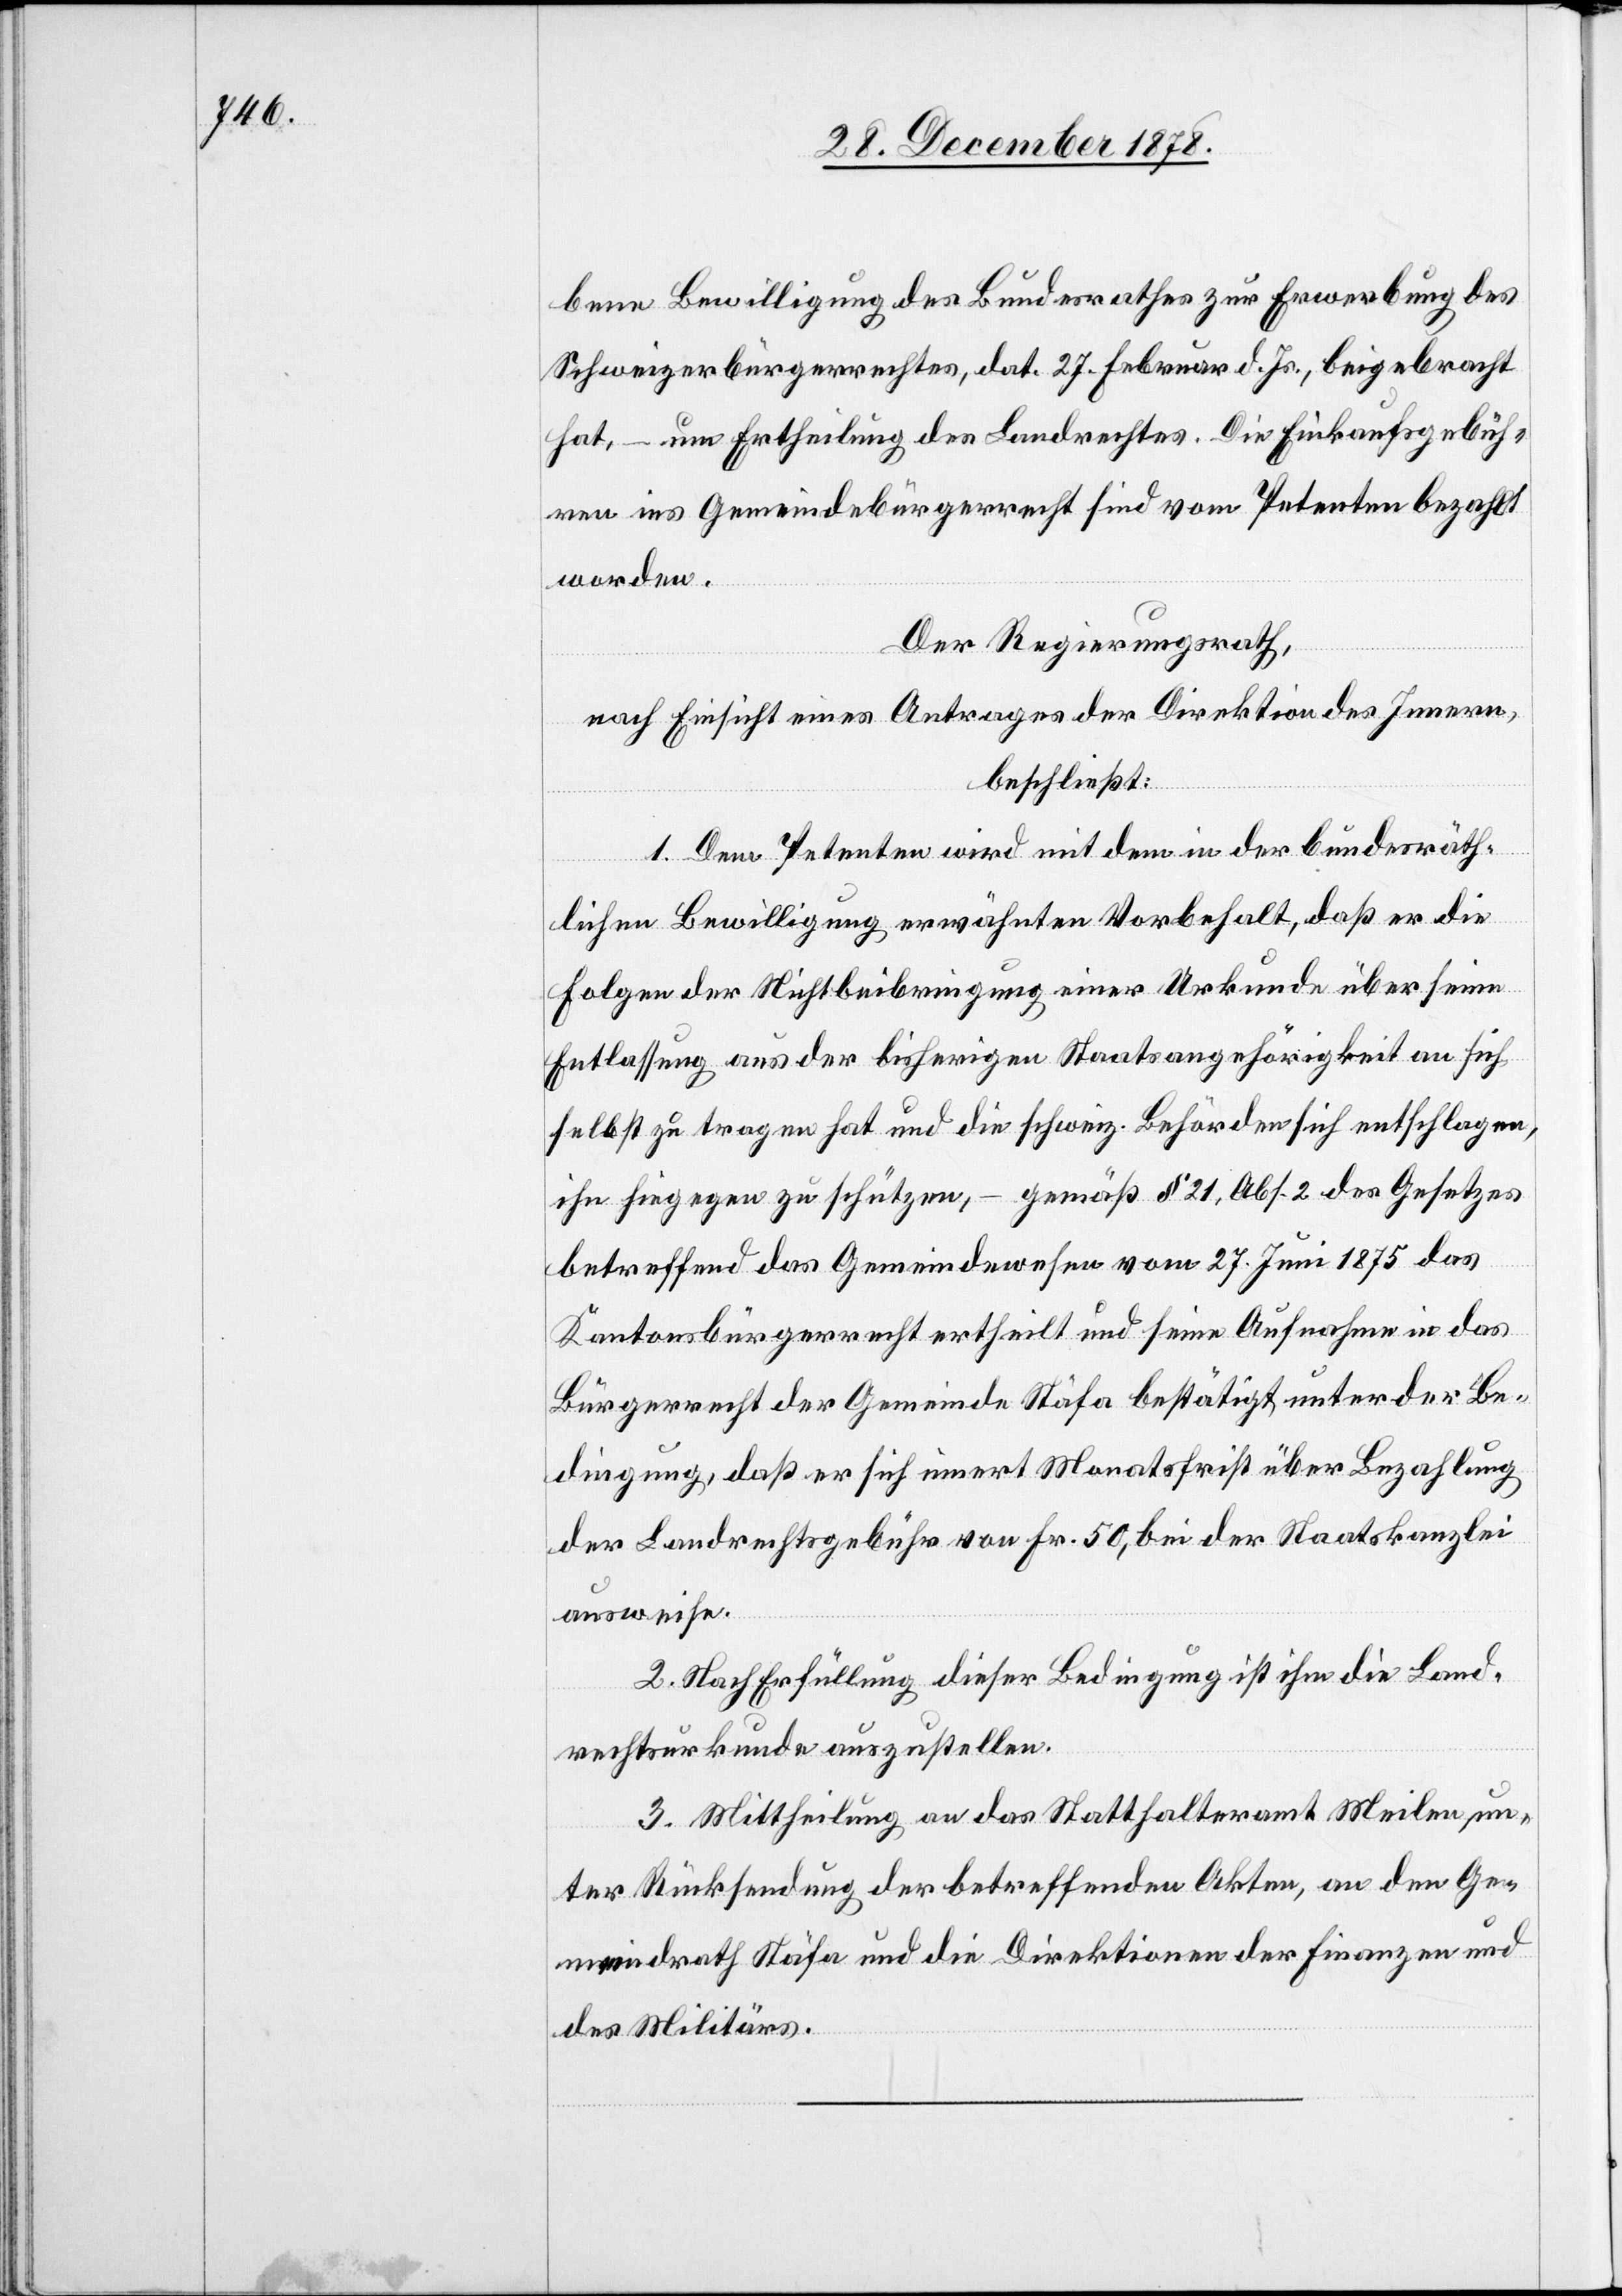
bene Bewilligung des Bundesrathes zur Erwerbung des
Schweizerbürgerrechtes, dat. 27. Februar d. Js. beigebracht
hat, – um Ertheilung des Landrechtes. Die Einkaufsgebüh¬
ren ins Gemeindebürgerrecht sind vom Petenten bezahlt
worden.
Der Regierungsrath,
nach Einsicht eines Antrages der Direktion des Innern,
beschließt:
1. Dem Petenten wird mit dem in der bundesräth¬
lichen Bewilligung erwähnten Vorbehalt, daß er die
Folgen der Nichtbeibringung einer Urkunde über seine
Entlassung aus der bisherigen Staatsangehörigkeit an sich
selbst zu tragen hat und die schweiz. Behörden sich entschlagen,
ihn hiegegen zu schützen, – gemäß § 21 Abs. 2 des Gesetzes
betreffend das Gemeindewesen vom 27. Juni 1875 das
Kantonsbürgerrecht ertheilt und seine Aufnahme in das
Bürgerrecht der Gemeinde Stäfa bestätigt unter der Be¬
dingung, daß er sich innert Monatsfrist über Bezahlung
ausweise.
2. Nach Erfüllung dieser Bedingung ist ihm die Land¬
rechtsurkunde auszustellen.
3. Mittheilung an das Statthalteramt Meilen un¬
ter Rücksendung der betreffenden Akten, an den Ge¬
meindrath Stäfa und die Direktionen der Finanzen und
des Militärs.

der